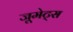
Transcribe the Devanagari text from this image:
जूमेट्स